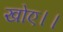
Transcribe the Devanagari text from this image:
खोए।।